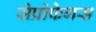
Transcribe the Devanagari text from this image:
सेप्रोफेगस